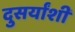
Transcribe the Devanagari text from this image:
दुसर्यांशी